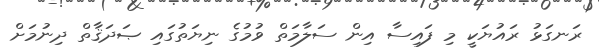
ރަނގަޅު ރައުޔަކީ މި ފައިސާ އިން ސަލާމަތް ވުމުގެ ނިޔަތުގައި ޞަދަޤާތް ދިނުމަށް